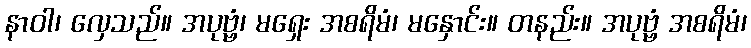
နာဝါ၊ လှေသည်။ အပုဗ္ဗံ၊ မရှေး အစရိမံ၊ မနှောင်း။ တနည်း။ အပုဗ္ဗံ အစရိမံ၊